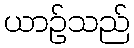
ယာဉ်သည်